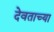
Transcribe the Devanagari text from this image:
देवताच्या